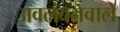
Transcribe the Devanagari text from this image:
अवलंबनवाले